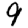
Digit: 9